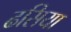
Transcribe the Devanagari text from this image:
ढसिया